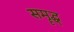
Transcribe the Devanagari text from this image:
समॄद्ध्